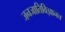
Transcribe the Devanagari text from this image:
जनजातिविज्ञानच